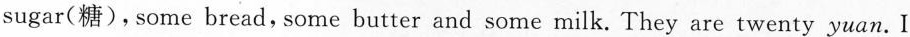
sugar(糖),some bread,some butter and some milk. They are twenty yuan.I